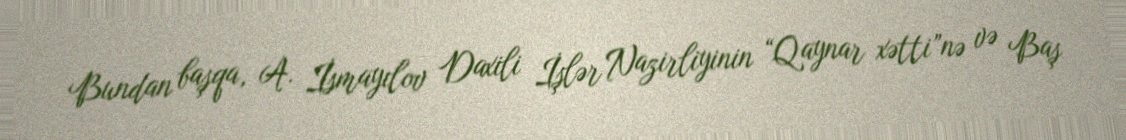
Bundan başqa, A. İsmayılov Daxili İşlər Nazirliyinin “Qaynar xətti”nə və Baş